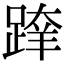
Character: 𨂨